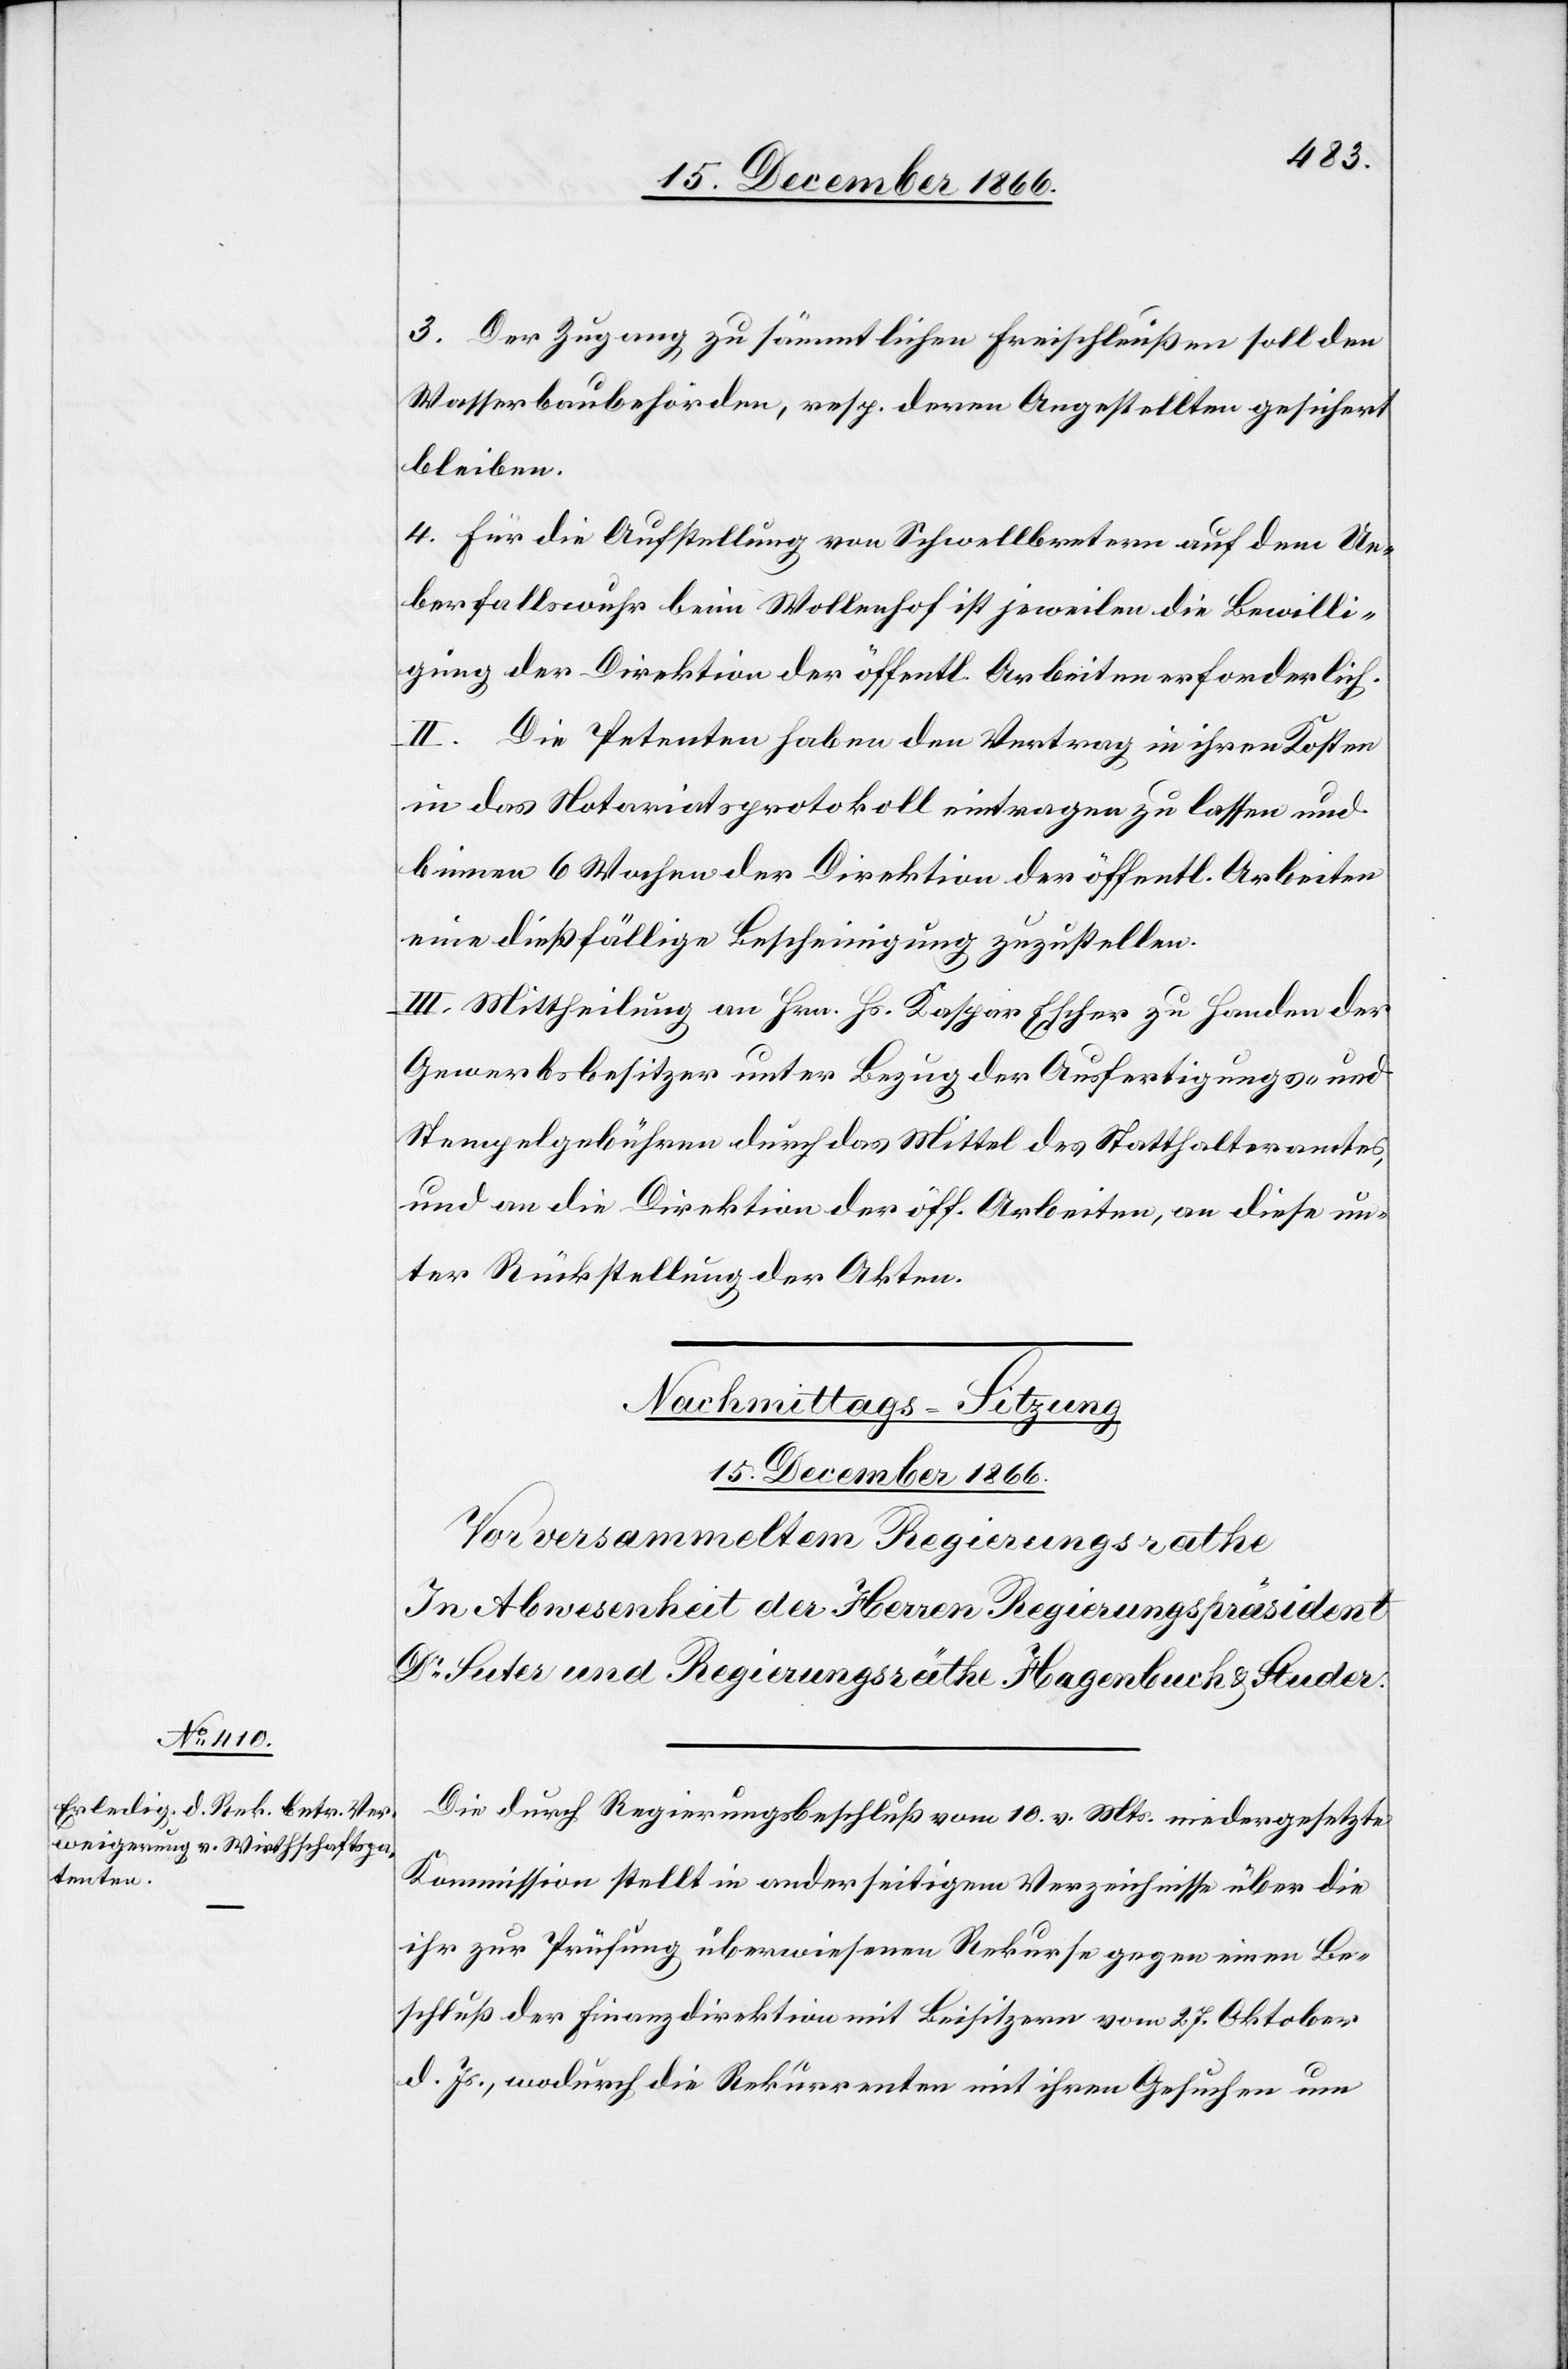
3. Der Zugang zu sämmtlichen Freischleußen soll den
Wasserbaubehörden, resp. deren Angestellten gesichert
bleiben.
4. Für die Aufstellung von Schwellbretern [sic!] auf dem Ue¬
berfallswuhr beim Wollenhof ist jeweilen die Bewilli¬
gung der Direktion der öffentl. Arbeiten erforderlich.
II. Die Petenten haben den Vertrag in ihren Kosten
in das Notariatsprotokoll eintragen zu lassen und
binnen 6 Wochen der Direktion der öffentl. Arbeiten
eine dießfällige Bescheinigung zuzustellen.
III. Mittheilung an Hrn. Hs. Kaspar Escher zu Handen der
Gewerbsbesitzer unter Bezug der Ausfertigungs- und
Stempelgebühren durch das Mittel des Statthalteramtes,
und an die Direktion der öff. Arbeiten, an diese un¬
ter Rückstellung der Akten.
Die durch Regierungsbeschluß vom 10. v. Mts. niedergesetzte
Kommission stellt in anderseitigem Verzeichnisse über die
ihr zur Prüfung überwiesenen Rekurse gegen einen Be¬
schluß der Finanzdirektion mit Beisitzern vom 27. Oktober
d. Js., wodurch die Rekurrenten mit ihren Gesuchen um